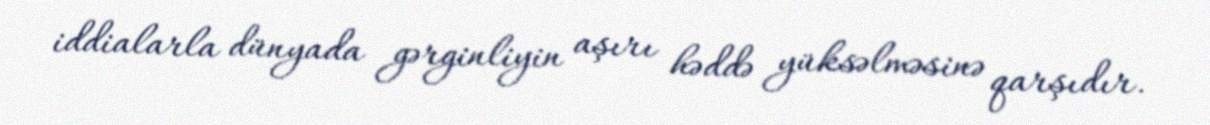
iddialarla dünyada gərginliyin aşırı həddə yüksəlməsinə qarşıdır.